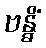
ဗန္ဓိံ